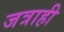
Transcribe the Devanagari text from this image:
जत्राही